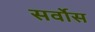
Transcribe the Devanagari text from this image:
सर्वोस